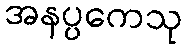
အနပ္ပကေသု